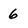
Character: 6